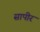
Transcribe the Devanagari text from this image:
सापीर